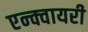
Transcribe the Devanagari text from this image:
एन्क्वायरी